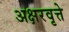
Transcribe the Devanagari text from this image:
अक्षरवृत्ते